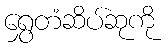
ရွှေတံဆိပ်ဆုကို